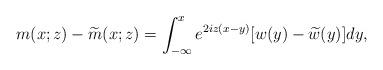
LaTeX: \begin{align*}m(x;z)-\widetilde{m}(x;z)=\int_{-\infty}^x e^{2iz(x-y)}[w(y)-\widetilde{w}(y)]dy,\end{align*}